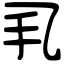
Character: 𢩦